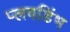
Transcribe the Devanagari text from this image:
प्लवडिंभ